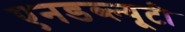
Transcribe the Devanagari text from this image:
एनडब्ल्यूटी